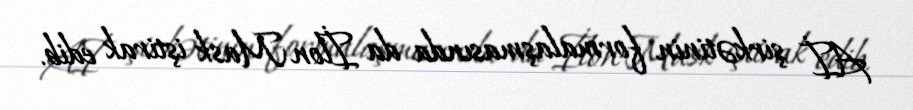
Aİ şirkətinin formalaşmasında da İlon Mask iştirak edib.